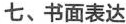
七、书面表达